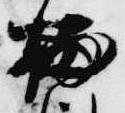
栖